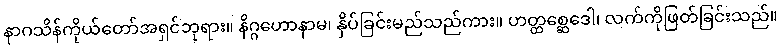
နာဂသိန်ကိုယ်တော်အရှင်ဘုရား။ နိဂ္ဂဟောနာမ၊ နှိပ်ခြင်းမည်သည်ကား။ ဟတ္ထစ္ဆေဒေါ၊ လက်ကိုဖြတ်ခြင်းသည်။